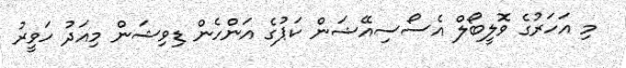
މި އަހަރުގެ ވޮލީބޯލް އެސޯސިއޭޝަން ކަޕުގެ އަންހެން ޑިވިޝަން މިއަދު ހަވީރު